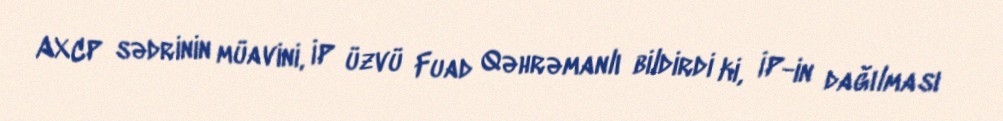
AXCP sədrinin müavini, İP üzvü Fuad Qəhrəmanlı bildirdi ki, İP-in dağılması